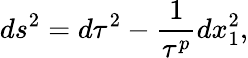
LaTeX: ds^{2}=d\tau^{2}-{\frac{1}{\tau^{p}}}dx_{1}^{2},